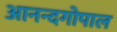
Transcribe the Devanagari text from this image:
आनन्दगोपाल